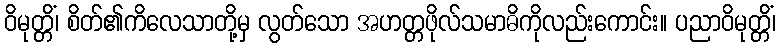
ဝိမုတ္တိံ၊ စိတ်၏ကိလေသာတို့မှ လွတ်သော အဟတ္တဖိုလ်သမာဓိကိုလည်းကောင်း။ ပညာဝိမုတ္တိံ၊